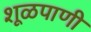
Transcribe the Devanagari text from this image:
शूळपाणी